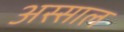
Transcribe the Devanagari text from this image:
अस्साल